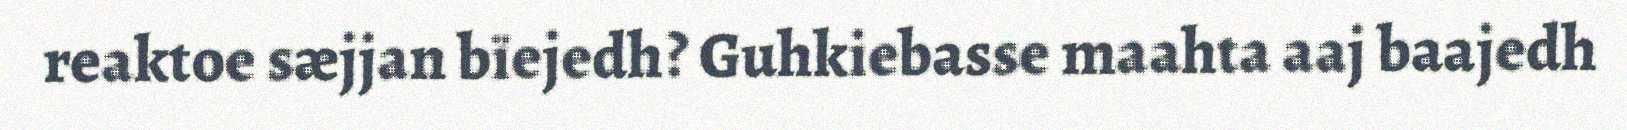
reaktoe sæjjan bïejedh? Guhkiebasse maahta aaj baajedh